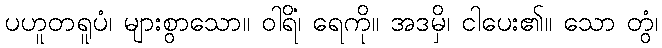
ပဟူတရူပံ၊ များစွာသော။ ဝါရိံ၊ ရေကို။ အဒမှိ၊ ငါပေး၏။ သော တွံ၊